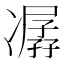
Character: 𠘈